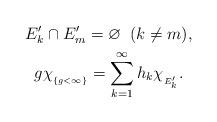
LaTeX: \begin{gather*} E_k'\cap E_m'=\varnothing \;\; (k\neq m), \\ g\chi_{{}_{\{g<\infty\}}}=\sum_{k=1}^\infty h_k\chi_{{}_{E_k'}}.\end{gather*}